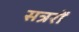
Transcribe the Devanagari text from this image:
सत्ररों